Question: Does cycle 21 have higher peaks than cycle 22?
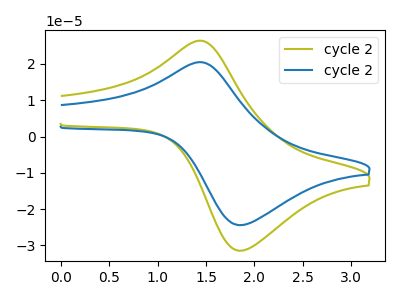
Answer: <think>The olive curve "cycle 21" has an anodic peak at (1.40V, 26.40uA) and a cathodic peak at (1.85V, -31.45uA). The blue curve "cycle 22" has an anodic peak at (1.40V, 20.50uA) and a cathodic peak at (1.85V, -24.40uA).</think>
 <answer>Every peak in "cycle 21" is higher than every peak in "cycle 22".</answer>
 <eval>higher</eval>